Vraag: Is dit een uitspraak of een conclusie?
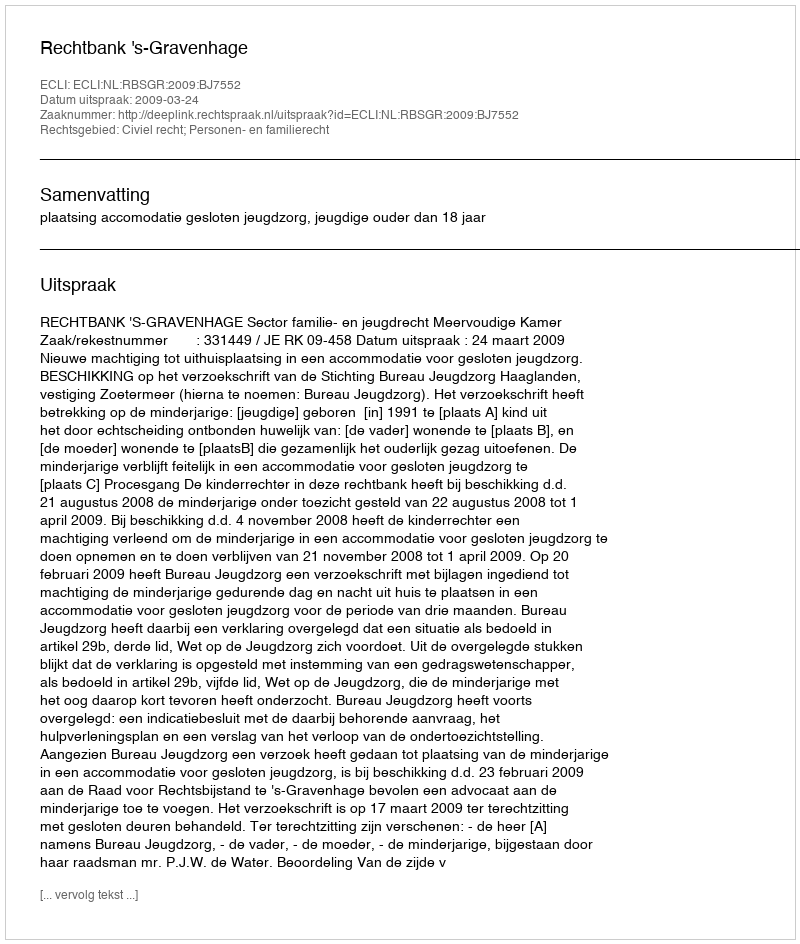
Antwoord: Uitspraak